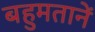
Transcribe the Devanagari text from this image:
बहुमतानें